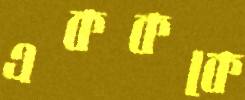
একককে